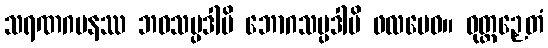
သရဏဂမနဿ ဘဝသမ္ပဒါပိ ဘောဂသမ္ပဒါပိ ဖလမေဝ။ ဝုတ္တဉှေတံ